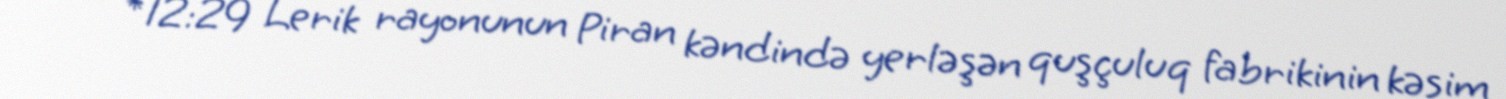
* * *12:29 Lerik rayonunun Piran kəndində yerləşən quşçuluq fabrikinin kəsim